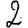
Digit: 2